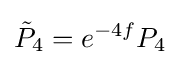
{\tilde {P}}_{4}=e^{-4f}P_{4}